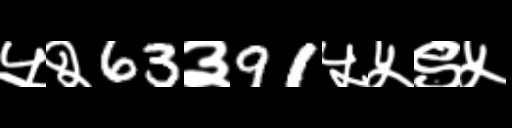
Text: ५२63३91५५९५